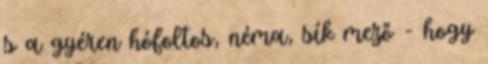
s a gyéren hófoltos, néma, sík mező - hogy